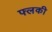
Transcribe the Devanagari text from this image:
फ्लकी